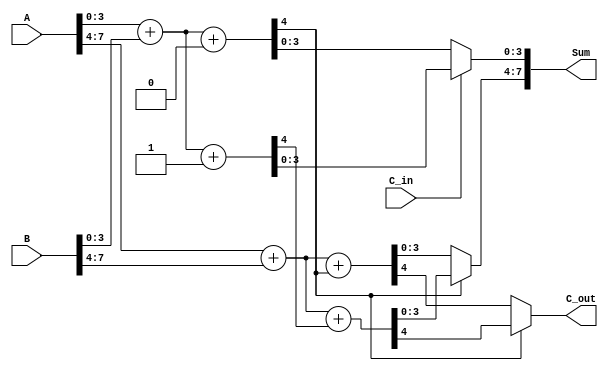
module carry_select_adder (
    input [7:0] A,      // 8-bit input A
    input [7:0] B,      // 8-bit input B
    input C_in,         // Carry input
    output [7:0] Sum,   // 8-bit sum output
    output C_out        // Carry output
);

// Internal wires for partial sums and carries
wire [3:0] S0_case0, S0_case1, S1_case0, S1_case1;
wire C0_case0, C0_case1, C1_case0, C1_case1;

// Segment 0 (A[3:0] + B[3:0])
assign {C0_case0, S0_case0} = A[3:0] + B[3:0] + 1'b0;  // Case 0: C_in = 0
assign {C0_case1, S0_case1} = A[3:0] + B[3:0] + 1'b1;  // Case 1: C_in = 1

// Segment 1 (A[7:4] + B[7:4])
assign {C1_case0, S1_case0} = A[7:4] + B[7:4] + C0_case0;  // Case 0: C_in from segment 0
assign {C1_case1, S1_case1} = A[7:4] + B[7:4] + C0_case1;  // Case 1: C_in from segment 1

// MUX for selecting the sum and carry
assign Sum[3:0] = (C_in == 1'b0) ? S0_case0 : S0_case1;  // Select sum from segment 0
assign Sum[7:4] = (C0_case0 == 1'b0) ? S1_case0 : S1_case1; // Select sum from segment 1

// Final carry output
assign C_out = (C0_case0 == 1'b0) ? C1_case0 : C1_case1; // Final carry out

endmodule